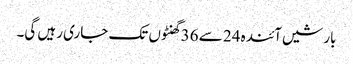
بارشیں آئندہ 24 سے 36 گھنٹوں تک جاری رہیں گی۔